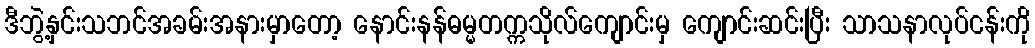
ဒီဘွဲ့နှင်းသဘင်အခမ်းအနားမှာတော့ နောင်းနန်ဓမ္မတက္ကသိုလ်ကျောင်းမှ ကျောင်းဆင်းပြီး သာသနာလုပ်ငန်းကို